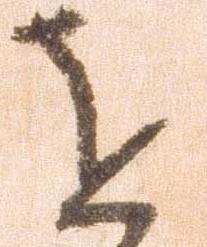
を